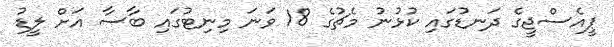
ޕީއެސްޖީގެ ދަނޑުގައި ކުޅުނު މެޗުގެ 18 ވަނަ މިނިޓުގައި ބާސާ އަށް ލީޑު